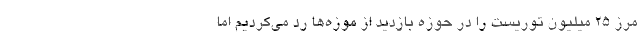
مرز ۲۵ میلیون توریست را در حوزه بازدید از موزه‌ها رد می‌کردیم اما